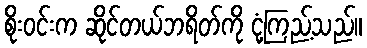
စိုးဝင်းက ဆိုင်တယ်ဘရိတ်ကို ငုံ့ကြည့်သည်။